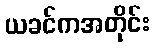
ယခင်ကအတိုင်း